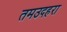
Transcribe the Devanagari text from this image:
तमउदहरा